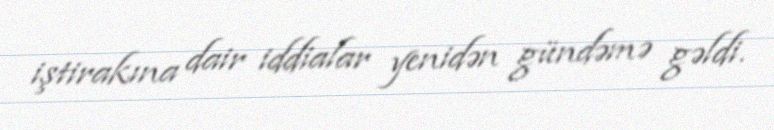
iştirakına dair iddialar yenidən gündəmə gəldi.